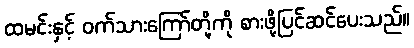
ထမင်းနှင့် ဝက်သားကြော်တို့ကို စားဖို့ပြင်ဆင်ပေးသည်။